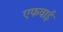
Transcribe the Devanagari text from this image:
एफवाई